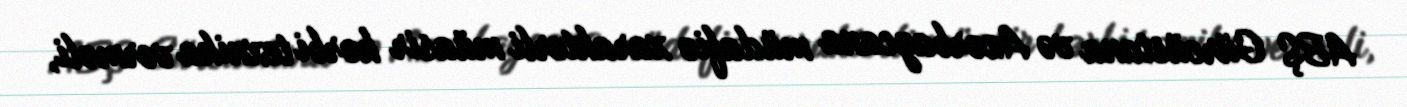
ABŞ Gürcüstana və Azərbaycana müdafiə xarakterli müasir hərbi texnika verməli,